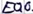
Text: E0.0